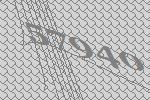
57940